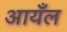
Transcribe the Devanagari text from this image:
आयँल